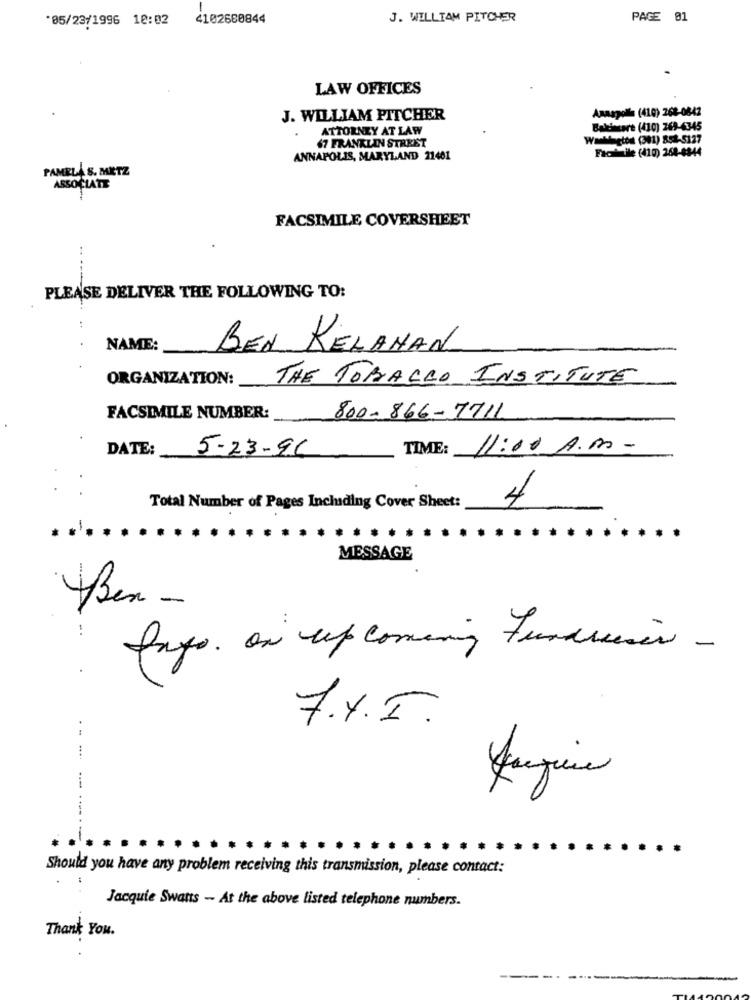
-
*05/23/1996 18:02
4102680844
J. WILLIAM PITCHER
PAGE 81
LAW OFFICES
Annapolis (410) 268-0842
J. WILLIAM PITCHER
ATTORNEY AT LAW
Baldincare (410) 269-4345
67 FRANKLIN STREET
Wantfactos (301) 851-5127
ANNAPOLIS, MARYLAND 21401
Fach file (410) 268-6344
PAMELA S. METZ
ASSOCIATE
FACSIMILE COVERSHEET
PLEASE DELIVER THE FOLLOWING TO:
NAME:
BEN KELAHAN
ORGANIZATION :_
THE TOBACCO INSTITUTE
FACSIMILE NUMBER:
800-866-7711
DATE:
5-23-96
TIME: 11:00 A.m.
Total Number of Pages Including Cover Sheet:
4
MESSAGE
Ben -
..
Pays. on up comming fundraiser -
7.4.5.
Should you have any problem receiving this transmission, please contact:
Jacquie Swatts - At the above listed telephone numbers.
Thank You.